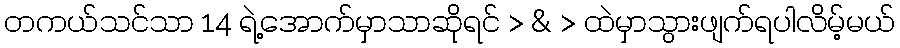
တကယ်သင်သာ 14 ရဲ့အောက်မှာသာဆိုရင် > & > ထဲမှာသွားဖျက်ရပါလိမ့်မယ်